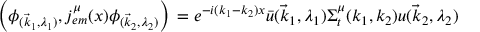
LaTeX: \left( \phi _ { ( \vec { k } _ { 1 } , \lambda _ { 1 } ) } , j _ { e m } ^ { \mu } ( x ) \phi _ { ( \vec { k } _ { 2 } , \lambda _ { 2 } ) } \right) \nonumber \, = e ^ { - i ( k _ { 1 } - k _ { 2 } ) x } \bar { u } ( \vec { k } _ { 1 } , \lambda _ { 1 } ) \Sigma _ { t } ^ { \mu } ( k _ { 1 } , k _ { 2 } ) u ( \vec { k } _ { 2 } , \lambda _ { 2 } )